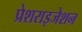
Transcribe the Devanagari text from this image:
प्रेशराइजेशन